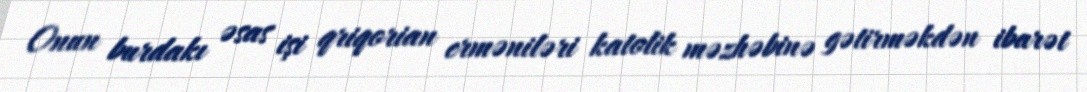
Onun burdakı əsas işi qriqorian erməniləri katolik məzhəbinə gətirməkdən ibarət